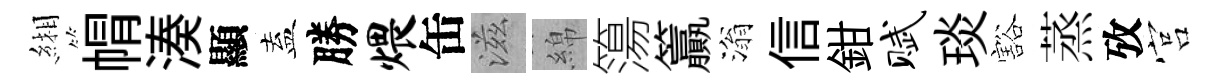
緗㡌湊顯盍勝煨缶滋綿簜籯滃信鉗赋琰豁蒸攷宫